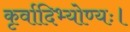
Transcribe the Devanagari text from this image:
कृर्वादिभ्योण्यः।